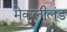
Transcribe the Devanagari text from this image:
मेकलील्ंड